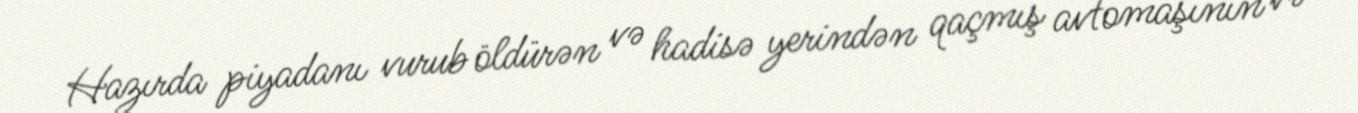
Hazırda piyadanı vurub öldürən və hadisə yerindən qaçmış avtomaşının və